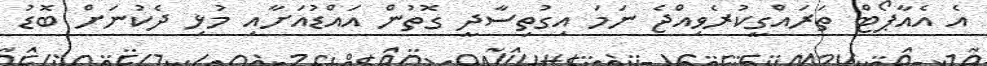
އެ އެއާޕޯޓް ތަރައްގީކުރެވިއްޖެ ނަމަ އިގުތިސާދީ ގޮތުން އައްޑުއަށާއި މުޅި ދެކުނަށް ބޮޑު